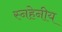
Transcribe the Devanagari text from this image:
स्नहेनीय